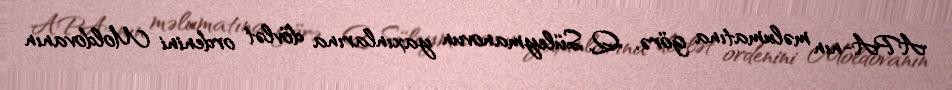
APA-nın məlumatına görə, Q. Süleymanovun yaxınlarına dövlət ordenini Moldovanın